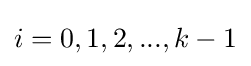
i=0,1,2,...,k-1